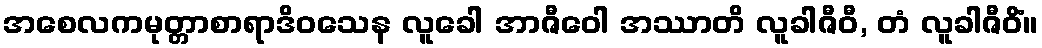
အစေလကမုတ္တာစာရာဒိဝသေန လူခေါ အာဇီဝေါ အဿာတိ လူခါဇီဝီ, တံ လူခါဇီဝိံ။